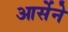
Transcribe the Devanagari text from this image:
आर्सेने